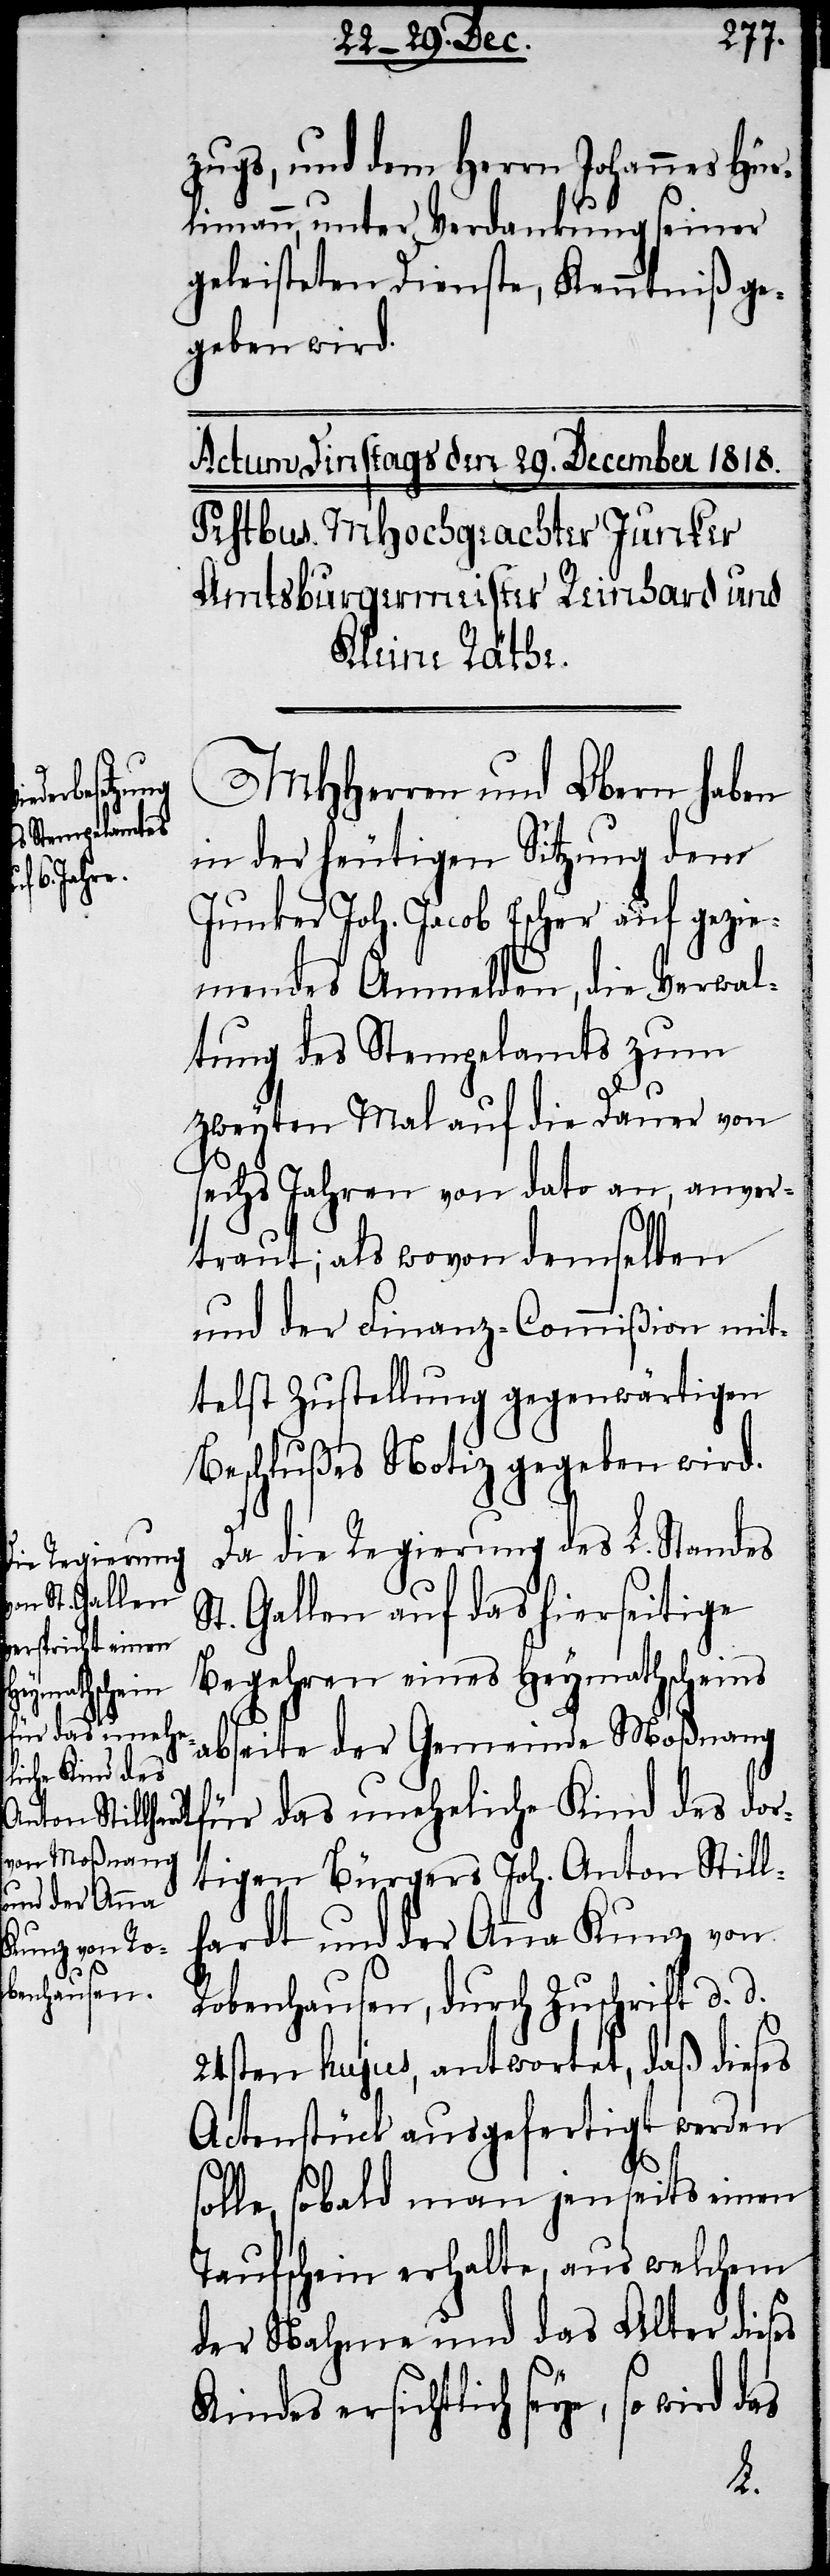
zugs, und dem Herrn Johannes Hür¬
limann, unter Verdankung seiner
geleisteten Dienste, Kenntniß ge¬
geben wird.
MHHerren und Obern haben
in der heutigen Sitzung dem
Junker Joh. Jacob Escher auf gezie¬
mendes Anmelden, die Verwal¬
tung des Stempelamts zum
zweyten Mal auf die Dauer von
sechs Jahren von dato an, anver¬
traut; als wovon demselben
und der Finanz-Commißion mit¬
telst Zustellung gegenwärtigen
Beschlußes Notiz gegeben wird.
Da die Regierung des L. Standes
St. Gallen auf das hierseitige
Begehren eines Heymathscheins
abseite der Gemeinde Moßnang
für das uneheliche Kind des dor¬
tigen Bürgers Joh. Anton Still¬
hardt und der Anna Kunz von
Robenhausen, durch Zuschrift d. d.
24sten hujus, antwortet, daß dieses
Actenstück ausgefertigt werden
solle, sobald man jenseits einen
Taufschein erhalte, aus welchem
der Nahme und das Alter dieses
Kindes ersichtlich seye, so wird